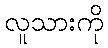
လူသားကို